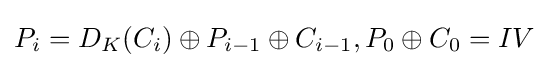
P_{i}=D_{K}(C_{i})\oplus P_{i-1}\oplus C_{i-1},P_{0}\oplus C_{0}=IV